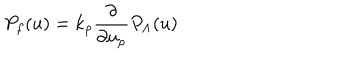
P _ { f } ( u ) = k _ { \rho } { \frac { \partial } { \partial u _ { \rho } } } P _ { \Lambda } ( u )